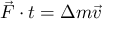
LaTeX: { \vec { F } } \cdot t = \Delta m { \vec { v } }